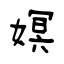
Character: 嫇